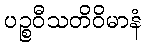
ပဉ္စဝီသတိဝိမာနံ